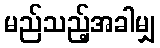
မည်သည့်အခါမျှ